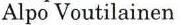
Alpo Voutilainen